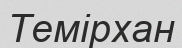
Темірхан